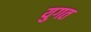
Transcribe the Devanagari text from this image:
युगत